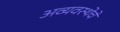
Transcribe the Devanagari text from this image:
अव्यवस्थेचे